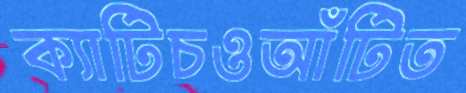
ক্যাটিচওআঁটিত